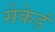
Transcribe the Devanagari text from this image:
सेकेडं